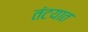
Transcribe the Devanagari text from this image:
तंटयात